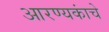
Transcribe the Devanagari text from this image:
आरण्यकांचे